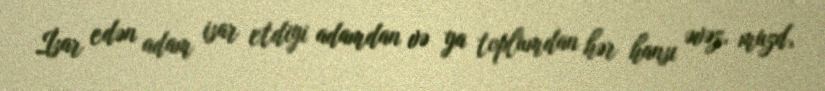
İsar edən adam isar etdiyi adamdan və ya toplumdan hər hansı əvəz, muzd,